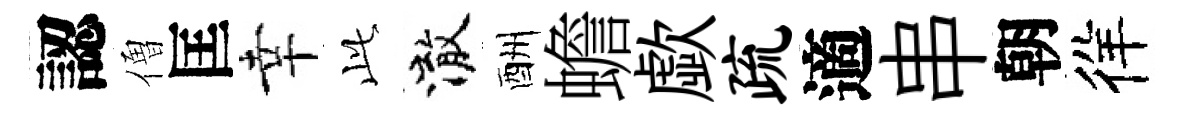
認僧匡幸𬼘澈酬蟾歔疏適串朝徉